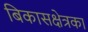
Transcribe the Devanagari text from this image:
बिकासक्षेत्रका